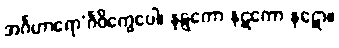
အင်္ဂဟာရော’င်္ဂဝိက္ခေပေါ၊ နဋ္ဋကော နဋကော နဋော။